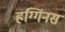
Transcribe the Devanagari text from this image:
हग्गिंनस